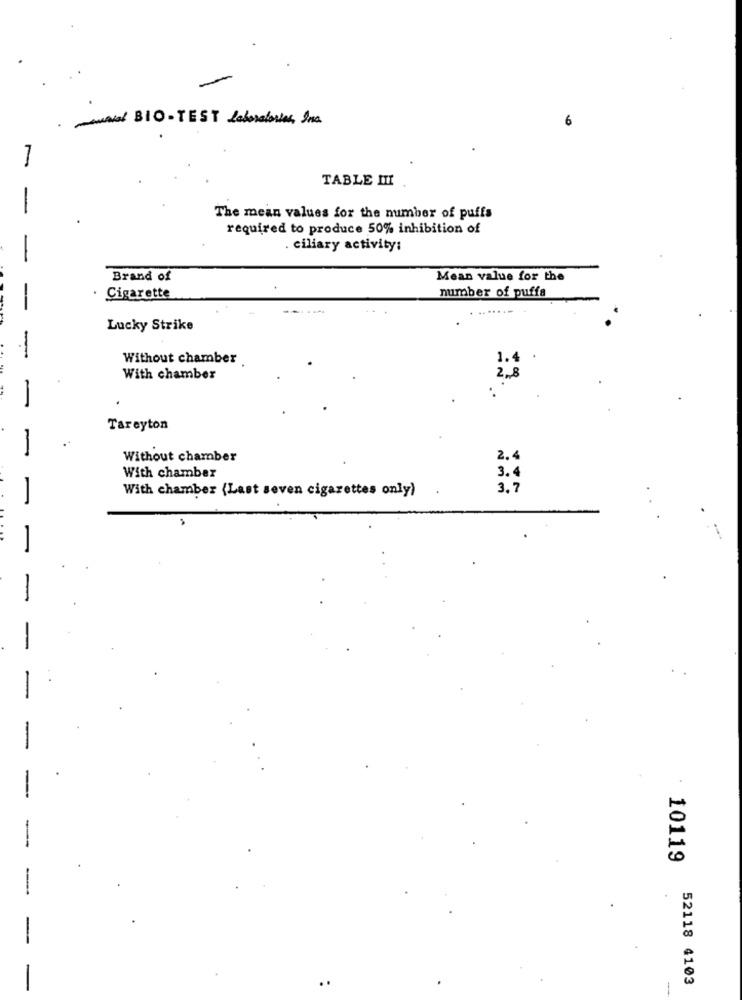
-was BIO- TEST Laboratories, Ina.
TABLE III
The mean values for the number of puffs
required to produce 50% inhibition of
. ciliary activity:
Brand of
Mean value for the
Cigarette
number of puffa
Lucky Strike
Without chamber
1.4
With chamber
Tareyton
-
Without chamber
2.4
3.4
With chamber
With chamber (Last seven cigarettes only)
3.7
10119
52118 4103